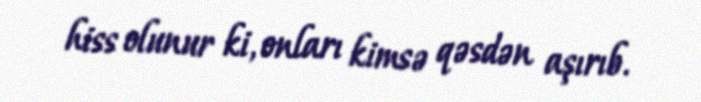
hiss olunur ki, onları kimsə qəsdən aşırıb.